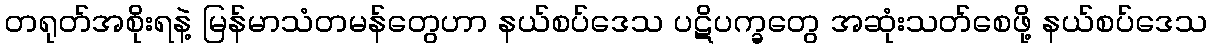
တရုတ်အစိုးရနဲ့ မြန်မာသံတမန်တွေဟာ နယ်စပ်ဒေသ ပဋိပက္ခတွေ အဆုံးသတ်စေဖို့ နယ်စပ်ဒေသ